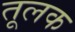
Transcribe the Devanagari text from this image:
तूलक